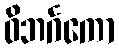
ဝိဘင်္ဂကော